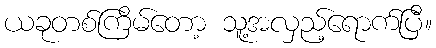
ယခုတစ်ကြိမ်တော့ သူ့အလှည့်ရောက်ပြီ။